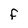
Character: F